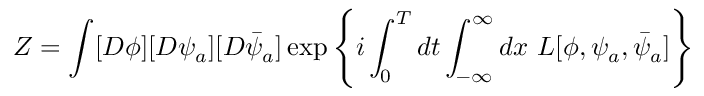
Z = \int [ D \phi ] [ D \psi _ { a } ] [ D \bar { \psi } _ { a } ] \exp \left\{ i \int _ { 0 } ^ { T } d t \int _ { - \infty } ^ { \infty } d x \ { \cal L } [ \phi , \psi _ { a } , \bar { \psi } _ { a } ] \right\}